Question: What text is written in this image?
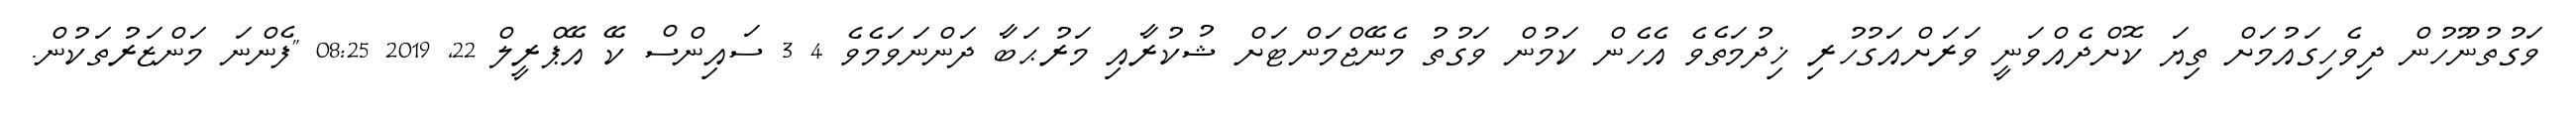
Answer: ވަގުތުނޫހުން ދިވެހިގައުމަށް ތިޔަ ކޮށްދެއްވަނީ ވަރަށްއަގުހުރި ޚިދުމަތެވެ އެހެން ކަމުން ވަގުތު މެނޭޖްމަންޓަށް ޝުކުރާއި މަރުޙަބާ ދަންނަވަމެވެ 4 3 ސައިންސް ކޭ އޭޕްރީލް 22, 2019 08:25 "ފެންނަ މަންޒަރުތަކުން.